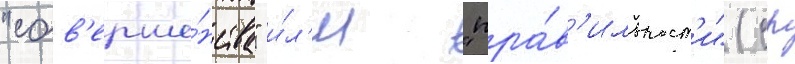
"сов'ерше́нства" и́л'и "пра́в'ильност'и" (ср